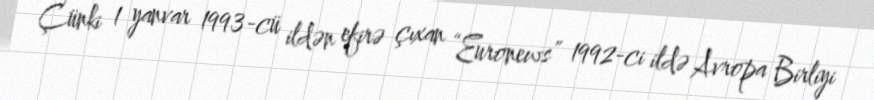
Çünki 1 yanvar 1993-cü ildən efirə çıxan “Euronews” 1992-ci ildə Avropa Birliyi